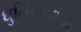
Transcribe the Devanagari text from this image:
धुलिकणांचा